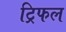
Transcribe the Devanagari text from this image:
ट्रिफल